Report on the Civil Veterinary Department, Eastern Bengal and Assam - 1907-1911
Year: 1907
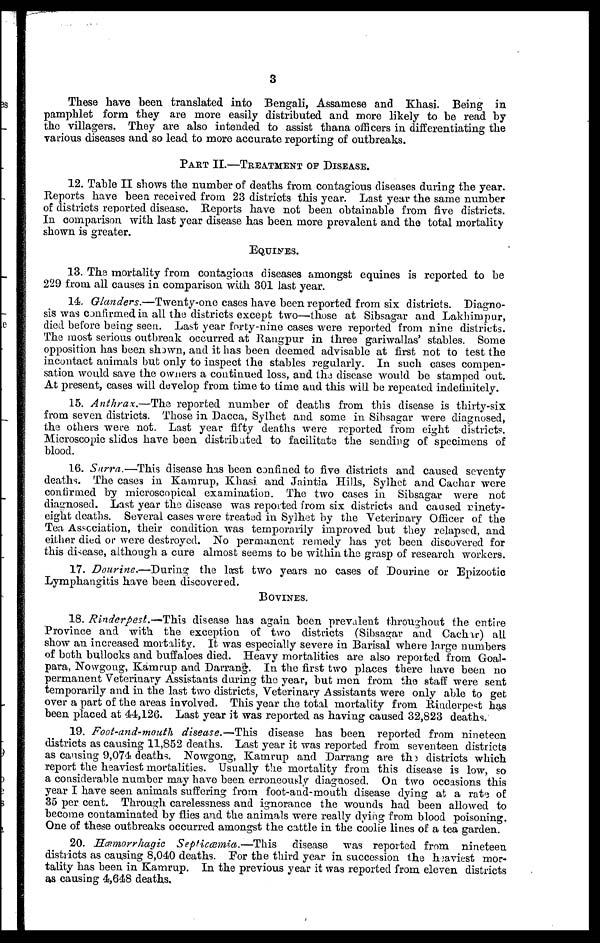
3
These have been translated into Bengali, Assamese and Khasi. Being in
pamphlet form they are more easily distributed and more likely to be read by
the villagers. They are also intended to assist thana officers in differentiating the
various diseases and so lead to more accurate reporting of outbreaks.
PART II.—TREATMENT OF DISEASE.
12. Table II shows the number of deaths from contagious diseases during the year.
Reports have been received from 23 districts this year. Last year the same number
of districts reported disease. Reports have not been obtainable from five districts.
In comparison with last year disease has been more prevalent and the total mortality
shown is greater.
EQUINES.
13. The mortality from contagious diseases amongst equines is reported to be
229 from all causes in comparison with 301 last year.
14. Glanders.—Twenty-one cases have been reported from six districts. Diagno-
sis was confirmed in all the districts except two—those at Sibsagar and Lakhimpur,
died before being seen. Last year forty-nine cases were reported from nine districts.
The most serious outbreak occurred at Rangpur in three gariwallas' staples. Some
opposition has been shown, and it has been deemed advisable at first not to test the
incontact animals but only to inspect the stables regularly. In such cases compen-
sation would save the owners a continued loss, and the disease would be stamped out.
At present, cases will develop from time to time and this will be repeated indefinitely.
15. Anthrax.—The reported number of deaths from this disease is thirty-six
from seven districts. Those in Dacca, Sylhet and some in Sibsagar were diagnosed,
the others were not. Last year fifty deaths were reported from eight district.
Microscopic slides have been distributed to facilitate the sending of specimens of
blood.
16. Surra.—This disease has been confined to five districts and caused seventy
deaths. The cases in Kamrup, Khasi and Jaintia Hills, Sylhet and Cachar were
confirmed by microscopical examination. The two cases in Sibsagar were not
diagnosed. Last year the disease was reported from six districts and caused ninety-
eight deaths. Several cases were treated in Sylhet by the Veterinary Officer of the
Tea Association, their condition was temporarily improved but they relapsed, and
either died or were destroyed. No permanent remedy has yet been discovered for
this disease, althongh a cure almost seems to be within the grasp of research workers.
17. Dourine.—During the last two years no cases of Dourine or Epizootic
Lymphangitis have been discovered.
Bovines.
18. Rinderpest.—This disease has again been prevalent throughout the entire
Province and with the exception of two districts (Sibsagar and Cachar) all
show an increased mortality. It was especially severe in Barisal where large numbers
of both bullocks and buffaloes died. Heavy mortalities are also reported from Goal-
para, Nowgong, Kamrup and Darrang. In the first two places there have been no
permanent Veterinary Assistants during the year, but men from the staff were sent
temporarily and in the last two districts, Veterinary Assistants were only able to get
over a part of the areas involved. This year the total mortality from Rinderpest has
been placed at 44,126. Last year it was reported as having caused 32,823 deaths.
19. Foot-and-mouth disease.—This disease has been reported from nineteen
districts as causing 11,852 deaths. Last year it was reported from seventeen districts
as causing 9,074 deaths. Nowgong, Kamrup and Darrang are the districts which
report the heaviest mortalities. Usually the mortality from this disease is low, so
a considerable number may have been erroneously diagnosed. On two occasions this
year I have seen animals suffering from foot-and-mouth disease dying at a rate of
35 per cent. Through carelessness and ignorance the wounds had been allowed to
become contaminated by flies and the animals were really dying from blood poisoning.
One of these outbreaks occurred amongst the cattle in the coolie lines of a tea garden.
20. Hæmorrhagic Septicæmia.—This
disease was reported from nineteen
districts as causing 8,040 deaths. For the third year in succession the heaviest mor-
tality has been in Kamrup. In the previous year it was reported from eleven districts
as causing 4,648 deaths.